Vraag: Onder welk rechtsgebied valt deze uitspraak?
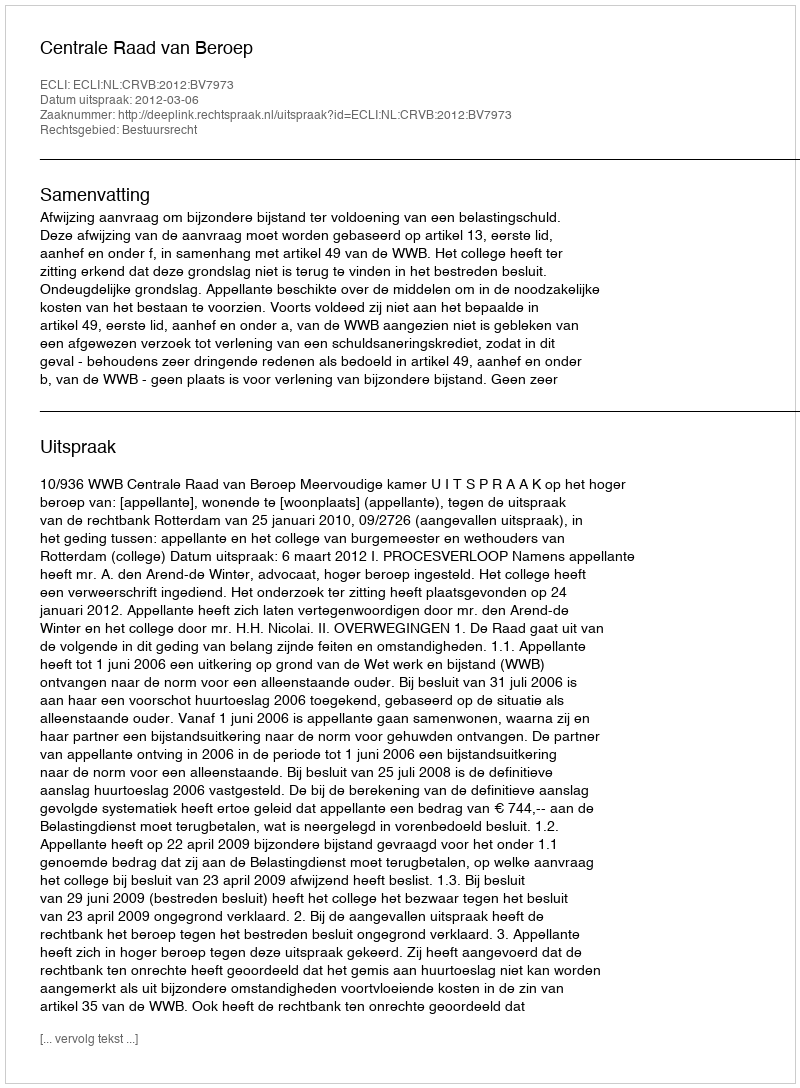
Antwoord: Bestuursrecht